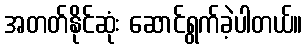
အတတ်နိုင်ဆုံး ဆောင်ရွက်ခဲ့ပါတယ်။